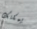
يمكنك